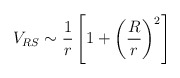
\begin{align*}V_{RS} \sim \frac{1}{r} \left[ 1 + \left(\frac{R}{r}\right)^2\right]\end{align*}